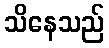
သိနေသည်